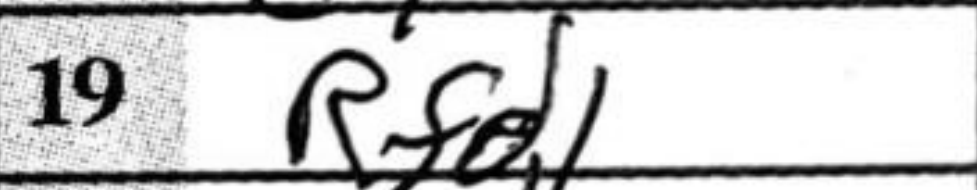
Transcription: Rfd1